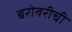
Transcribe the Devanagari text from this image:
बरोबरीची